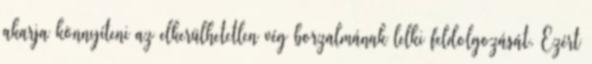
akarja könnyíteni az elkerülhetetlen vég borzalmának lelki feldolgozását. Ezért